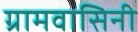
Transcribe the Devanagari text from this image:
ग्रामवासिनी